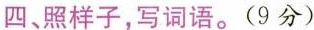
四、照样子，写词语。(9分)